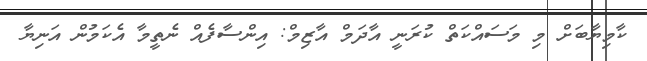
ކާމިޔާބަށް މި މަސައްކަތް ކުރަނީ އާދަމް އާޒިމް: އިންސާފެއް ނެތީމާ އެކަމުން އަނިޔާ